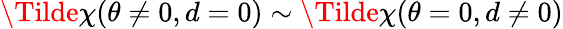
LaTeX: \Tilde{\chi}(\theta\neq 0,d=0)\sim\Tilde{\chi}(\theta=0,d\neq 0)